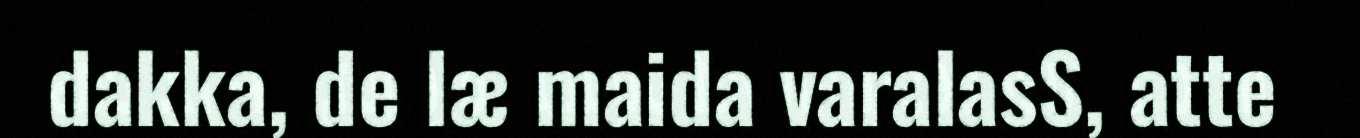
dakka, de læ maida varalasS, atte